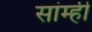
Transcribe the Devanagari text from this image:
सांम्ही